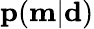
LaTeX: \mathbf{p}(\mathbf{m}|\mathbf{d})